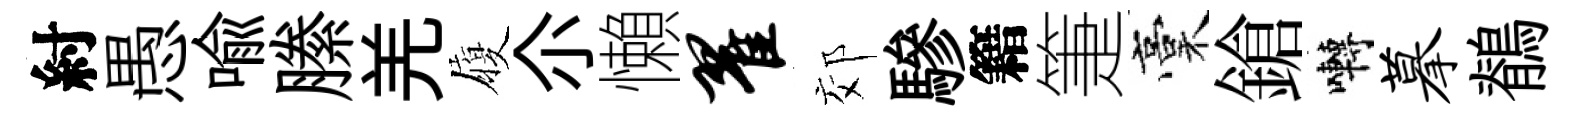
紂愚喻縢羌履尒懶翟郊驂籍箑稾鎗囀摹鶺